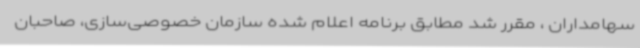
سهامداران ، مقرر شد مطابق برنامه اعلام شده سازمان خصوصی‌سازی، صاحبان